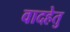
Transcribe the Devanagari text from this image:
वादहेतु